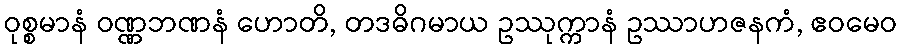
ဝုစ္စမာနံ ဝဏ္ဏဘဏနံ ဟောတိ, တဒဓိဂမာယ ဥဿုက္ကာနံ ဥဿာဟဇနကံ, ဧဝမေဝ